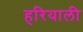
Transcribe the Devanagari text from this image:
हरियाली